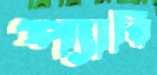
প্যারি